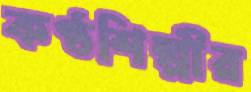
কণ্ঠশিল্পীর